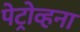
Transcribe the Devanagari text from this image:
पेट्रोव्हना